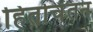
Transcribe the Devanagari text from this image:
हितचिंतन